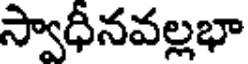
స్వాధీనవల్లభా